Indian journal of veterinary science and animal husbandry - Volume 12,
Year: 1942
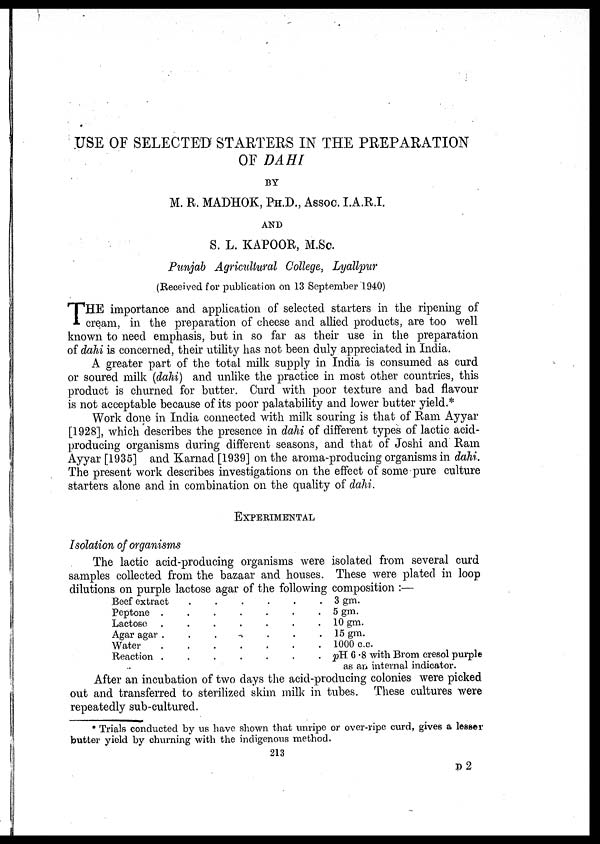
USE OF SELECTED STARTERS IN THE PREPARATION
OF DAHI
BY
M. R. MADHOK, PH.D., ASSOC. I.A.R.I.
AND
S. L. KAPOOR, M.Sc.
Punjab Agricultural College, Lyallpur
(Received for publication on 13 September 1940)
T HE importance and application of selected starters in the ripening of
cream, in the preparation of cheese and allied products, are too well
known to need emphasis, but in so far as their use in the preparation
of dahi is concerned, their utility has not been duly appreciated in India.
A greater part of the total milk supply in India is consumed as curd
or soured milk (dahi) and unlike the practice in most other countries, this
product is churned for butter. Curd with poor texture and bad flavour
is not acceptable because of its poor palatability and lower butter yield.*
Work done in India connected with milk souring is that of Ram Ayyar
[1928], which describes the presence in dahi of different types of lactic acid-
producing organisms during different seasons, and that of Joshi and Ram
Ayyar [1935] and Karnad [1939] on the aroma-producing organisms in dahi.
The present work describes investigations on the effect of some pure culture
starters alone and in combination on the quality of dahi.
EXPERIMENTAL
Isolation of organisms
The lactic acid-producing organisms were isolated from several curd
samples collected from the bazaar and houses. These were plated in loop
dilutions on purple lactose agar of the following composition :—
Beef extract . . . . . .
Peptone . . . . . . .
Lactose . . . . . . .
Agar agar . . . . . . .
Water . . . . . . .
Reaction . . . . . . .
3 gm.
5 gm.
10 gm.
15 gm.
1000 c.c.
pH 0 .8 with Brom cresol purple
as an internal indicator.
After an incubation of two days the acid-producing colonies were picked
out and transferred to sterilized skim milk in tubes. These cultures were
repeatedly sub-cultured.
* Trials conducted by us have shown that unripe or over-ripe curd, gives a lesser
butter yield by churning with the indigenous method.
213
D2